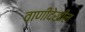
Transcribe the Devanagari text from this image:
वाणीदेखील